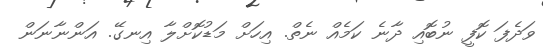
ވަދެފަ ކޮފީ ނުބޮއި ދާނެ ކަމެއް ނެތް. އިހަށް މަޑުކޮށްލާ އިނގޭ. އަންނާނަން